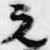
元